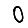
Digit: 0